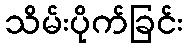
သိမ်းပိုက်ခြင်း